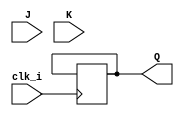
module JK_FlipFlop(
        input      clk_i,
        input      J,K,
        output reg Q
    );
    
    always @(posedge clk_i)begin
         case ({J,K})
         2'b00: Q<=Q;
         2'b00: Q<=0;
         2'b00: Q<=1;
         2'b00: Q<=~Q;
         endcase
    end

endmodule